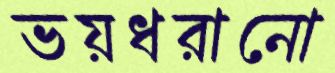
ভয়ধরানো